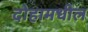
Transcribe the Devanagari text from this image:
दोहामधील